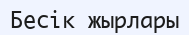
Бесік жырлары